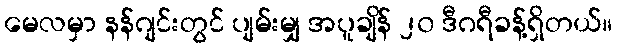
မေလမှာ နန်ဂျင်းတွင် ပျမ်းမျှ အပူချိန် ၂၀ ဒီဂရီခန့်ရှိတယ်။